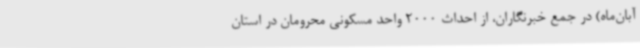
آبان‌ماه) در جمع خبرنگاران، از احداث 2000 واحد مسکونی محرومان در استان